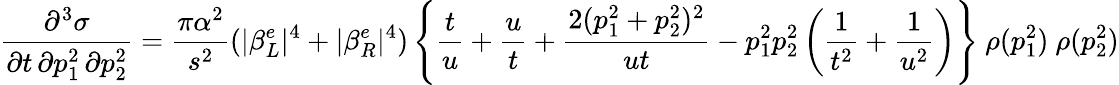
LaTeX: \frac{\partial^{3}\sigma}{\partial t\, \partial p_{1}^{2}\, \partial p_{2}^{2}}=\frac{\pi\alpha^{2}}{s^{2}}(\vert\beta_{L}^{e}\vert^{4}+\vert\beta_{R}^{e}\vert^{4})\left\{ \frac{t}{u}+\frac{u}{t}+\frac{2(p_{1}^{2}+p_{2}^{2})^{2}}{ut}-p_{1}^{2}p_{2}^{2}\left(\frac{1}{t^{2}}+\frac{1}{u^{2}}\right)\right\} \ \rho(p_{1}^{2})\ \rho(p_{2}^{2})